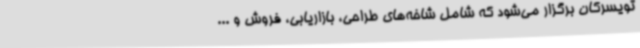
تویسرکان برگزار می‌شود که شامل شاخه‌های طراحی، بازاریابی، فروش و ...